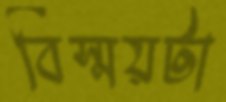
বিস্ময়টা